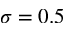
\sigma = 0 . 5